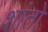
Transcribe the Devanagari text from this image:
शांतो